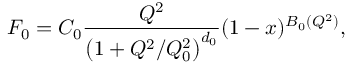
F _ { 0 } = C _ { 0 } \frac { Q ^ { 2 } } { \left( 1 + Q ^ { 2 } / Q _ { 0 } ^ { 2 } \right) ^ { d _ { 0 } } } ( 1 - x ) ^ { B _ { 0 } ( Q ^ { 2 } ) } ,